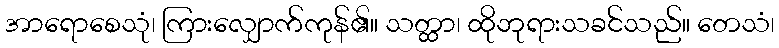
အာရောစေသုံ၊ ကြားလျှောက်ကုန်၏။ သတ္ထာ၊ ထိုဘုရားသခင်သည်။ တေသံ၊